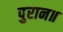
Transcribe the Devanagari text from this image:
पुरान॥